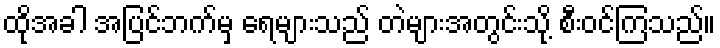
ထိုအခါ အပြင်ဘက်မှ ရေများသည် တဲများအတွင်းသို့ စီးဝင်ကြသည်။